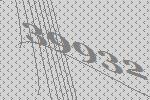
39932